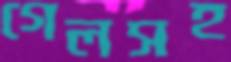
গেলসহ